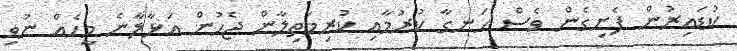
ކުޑައިރުން ފެށިގެން ވެސް ހަނގާ ކުރުމާއި ކުރިމަތިލާން ޖެހުން އަޅާލާނެ މީހެއް ނުވި